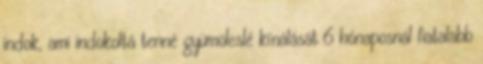
indok, ami indokoltá tenné gyümölcslé kínálását 6 hónaposnál fiatalabb